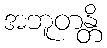
အဘူတန္တိ